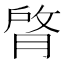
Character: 䏿